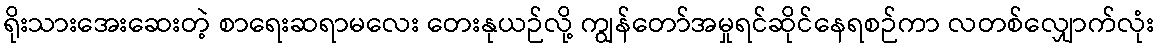
ရိုးသားအေးဆေးတဲ့ စာရေးဆရာမလေး တေးနုယဉ်လို့ ကျွန်တော်အမှုရင်ဆိုင်နေရစဉ်ကာ လတစ်လျှောက်လုံး